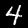
Label: 4